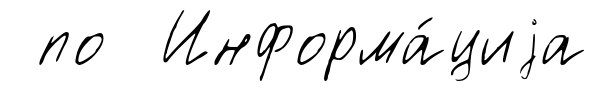
по Информа́циjа